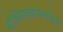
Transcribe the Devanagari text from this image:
बोधिसत्त्वांसमवेत